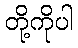
တို့ကိုပါ